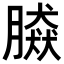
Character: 𦠎